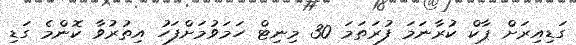
ގަޑިއިރަށް ޕާކް ކުރާނަމަ ފުރަތަމަ 30 މިނިޓް ހަމަވުމަށްފަހު އިތުރުވާ ކޮންމެ ގަޑި